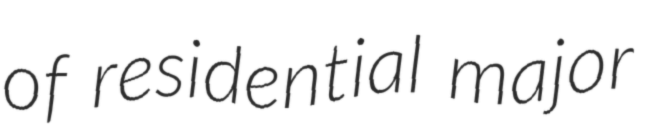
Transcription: of residential major